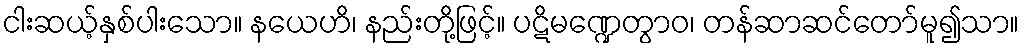
ငါးဆယ့်နှစ်ပါးသော။ နယေဟိ၊ နည်းတို့ဖြင့်။ ပဋိမဏ္ဍေတွာဝ၊ တန်ဆာဆင်တော်မူ၍သာ။